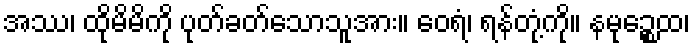
အဿ၊ ထိုမိမိကို ပုတ်ခတ်သောသူအား။ ဝေရံ၊ ရန်တုံ့ကို။ နမုဉ္စေထ၊